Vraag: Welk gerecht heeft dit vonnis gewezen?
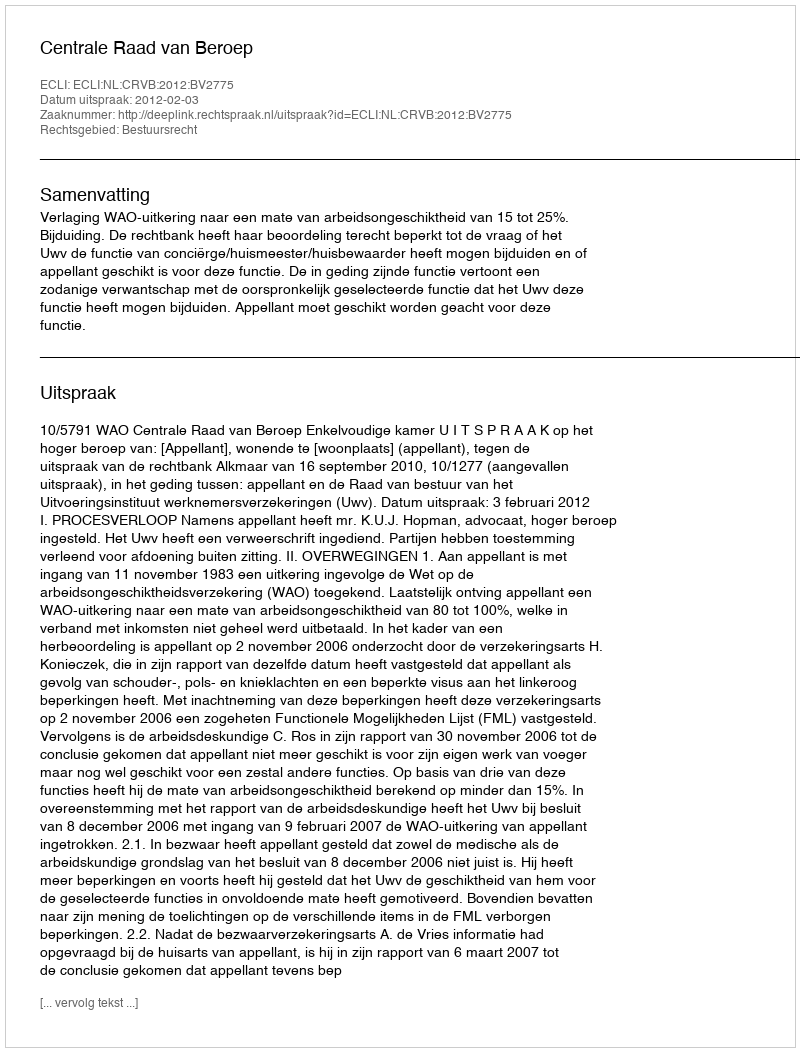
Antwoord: Centrale Raad van Beroep